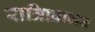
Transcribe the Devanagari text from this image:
रात्रिप्र्व्राजन